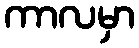
ကာလမှာ